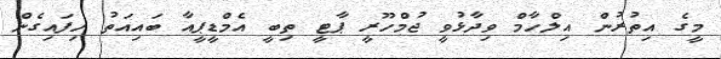
މީގެ އިތުުރުން އިލްހާމް ވިދާޅުވީ ޖުމްހޫރީ ޕާޓީ ތިބީ އެމްޑީޕީއާ ބައިއަތު ހިފައިގެން